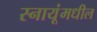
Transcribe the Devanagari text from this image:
स्नायूंमधील